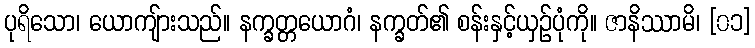
ပုရိသော၊ ယောကျ်ားသည်။ နက္ခတ္တယောဂံ၊ နက္ခတ်၏ စန်းနှင့်ယှဉ်ပုံကို။ ဇာနိဿာမိ၊ [၀၁]